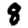
Digit: 8